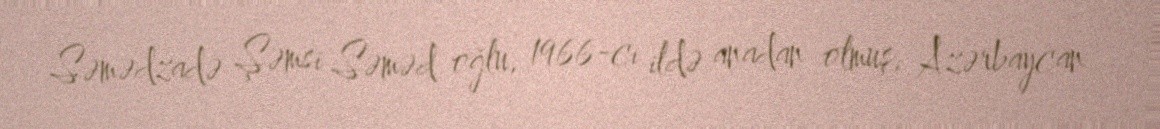
Səmədzadə Şəmsi Səməd oğlu, 1966-cı ildə anadan olmuş, Azərbaycan